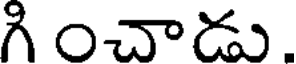
గి ంచాడు.